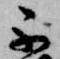
不